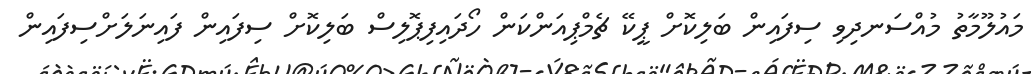
މައުލޫމާތު މުއްސަނދިވި ސިފައިން ބަލިކޮށް ޕީކޭ ޗެމްޕިއަންކަން ހޯދައިފިޕޮލިސް ބަލިކޮށް ސިފައިން ފައިނަލަށްސިފައިން